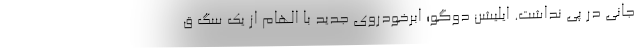
جانی در پی نداشت. ایلیشن دوگو؛ ابرخودروی جدید با الهام از یک سگ ق